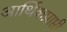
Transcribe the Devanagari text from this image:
आर्थिकप्राप्ती